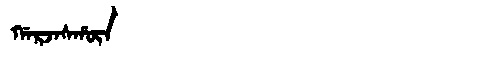
Manchu: ᡤᠠᡵᠵᠠᠰᡥᡡᠨ
Romanization: GARJASHŪN